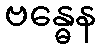
ဗန္ဓေန